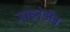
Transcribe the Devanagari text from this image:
जाइनेडीन